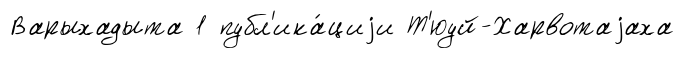
Варыхадыта 1 публ'ика́циjи Т'юуй-Харвотаjаха